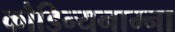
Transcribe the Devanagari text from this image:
कौडिन्यनाम्ना